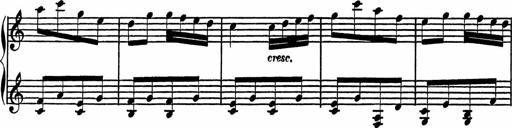
Title: 4 Piano Sonatinas
Composer: Adam Geibel